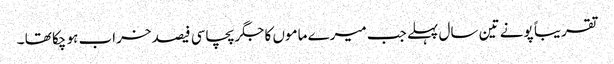
تقریبا ً پونے تین سال پہلے جب میرے ماموں کا جگر پچاسی فیصد خراب ہو چکا تھا ۔